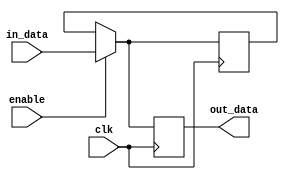
module DisableBlock (
    input wire clk,            // Clock signal
    input wire enable,         // Control signal to enable/disable the block
    input wire [WIDTH-1:0] in_data, // Input data to be processed when enabled
    output reg [WIDTH-1:0] out_data // Output data
);
    parameter WIDTH = 8; // Parameter to define the width of input/output data

    // Internal state to hold the last valid output when disabled
    reg [WIDTH-1:0] last_valid_output;

    always @(posedge clk) begin
        if (enable) begin
            // When enabled, process the input data
            out_data <= in_data;
            last_valid_output <= in_data; // Store the last valid output
        end else begin
            // When disabled, maintain the last valid output
            out_data <= last_valid_output; // Output the last valid data
        end
    end

endmodule